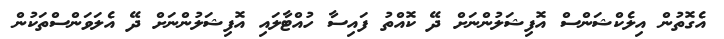
އެގޮތުން އިލެކްޝަންސް އޮފިޝަލުންނަށް ދޭ ކޮއްތު ފައިސާ ހުއްޓާލައި އޮފިޝަލުންނަށް ދޭ އެލަވަންސްތަކުން